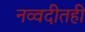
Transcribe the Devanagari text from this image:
नव्वदीतही